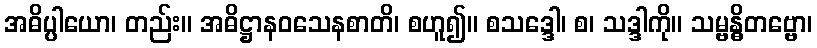
အဓိပ္ပါယော၊ တည်း။ အဓိဋ္ဌာနဝသေနစာတိ၊ စဟူ၍။ စသဒ္ဒေါ၊ စ၊ သဒ္ဒါကို။ သမ္ဗန္ဓိတဗ္ဗော၊